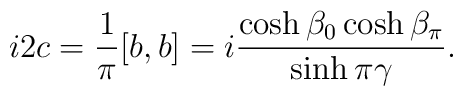
i2c=\frac{1}{\pi}[b, b]=i\frac{\cosh\beta_0\cosh\beta_\pi}{\sinh\pi\gamma }.